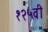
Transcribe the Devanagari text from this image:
१२५वी